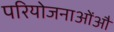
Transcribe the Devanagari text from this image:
परियोजनाओंऔ